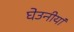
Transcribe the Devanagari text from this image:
घेउनीयां